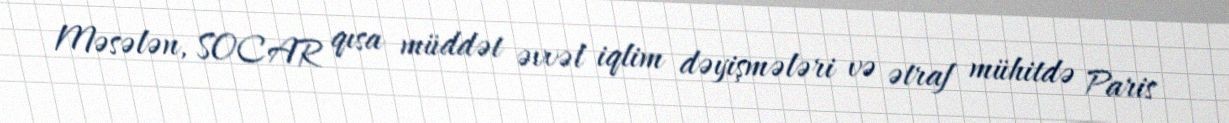
Məsələn, SOCAR qısa müddət əvvəl iqlim dəyişmələri və ətraf mühitdə Paris